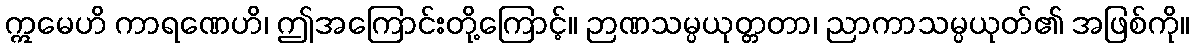
ဣမေဟိ ကာရဏေဟိ၊ ဤအကြောင်းတို့ကြောင့်။ ဉာဏသမ္ပယုတ္တတာ၊ ညာကာသမ္ပယုတ်၏ အဖြစ်ကို။